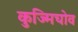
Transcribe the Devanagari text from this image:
कुज्मिचोव